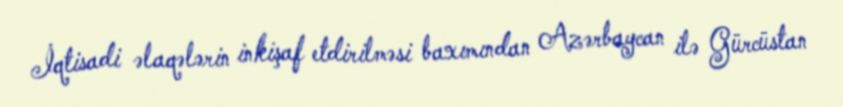
İqtisadi əlaqələrin inkişaf etdirilməsi baxımından Azərbaycan ilə Gürcüstan